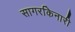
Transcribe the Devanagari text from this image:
सागरकिनारी